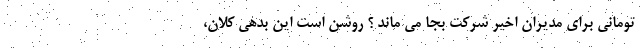
تومانی برای مدیران اخیر شرکت بجا می ماند ؟ روشن است این بدهی کلان،